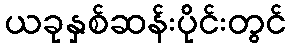
ယခုနှစ်ဆန်းပိုင်းတွင်